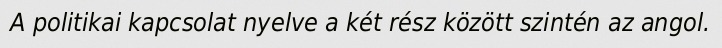
A politikai kapcsolat nyelve a két rész között szintén az angol.